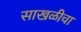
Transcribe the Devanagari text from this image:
साखळीचा